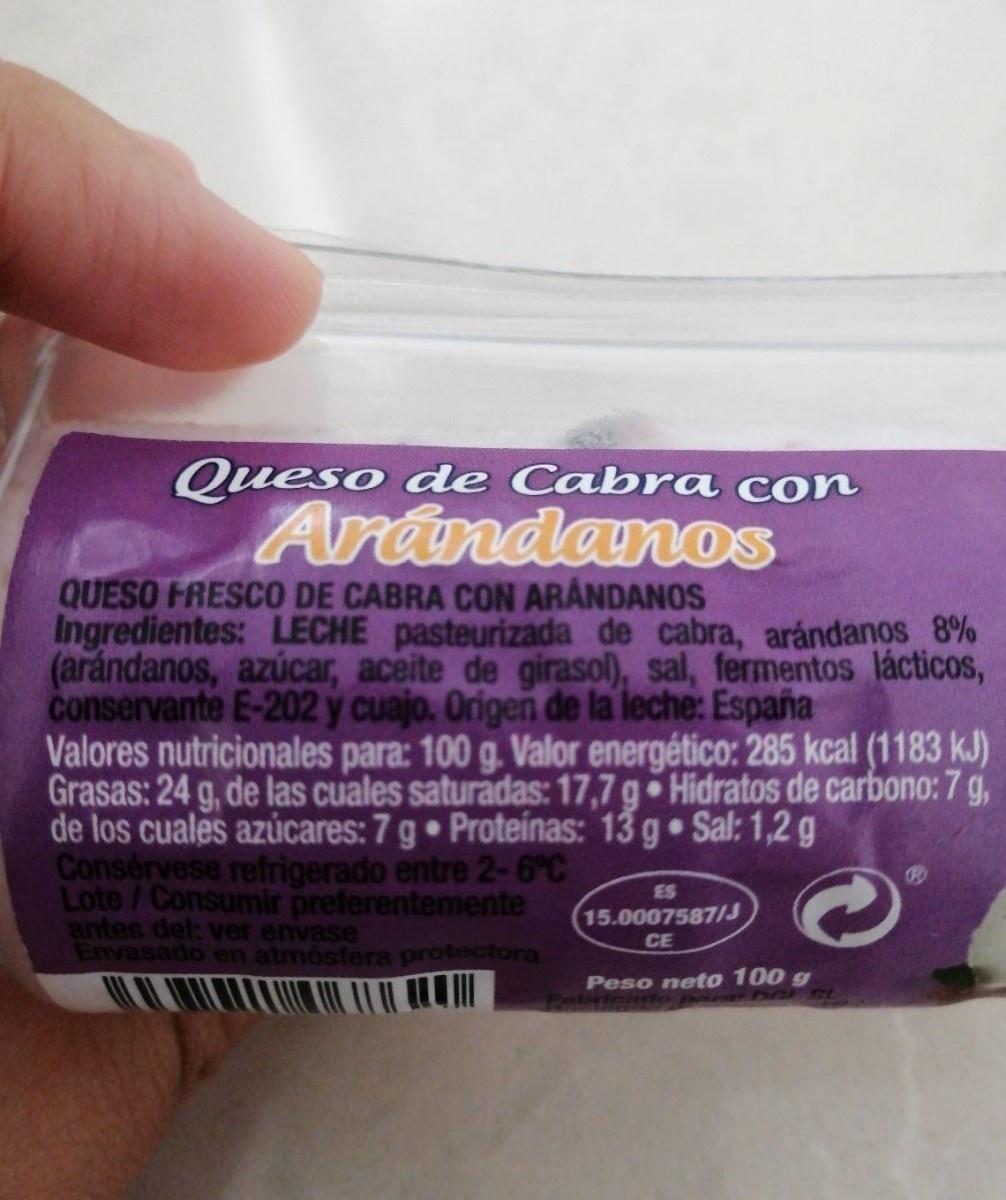
Queso de Cabra con
Arándanos
QUESO FRESCO DE CABRA CON ARÁNDANOS Ingredientes: LECHE pasteurizada de cabra, arándanos 8% (arándanos, azúcar, aceite de girasol), sal, fermentos lácticos, conservante E-202 y cuajo. Origen de la leche: España
Valores nutricionales para: 100 g. Valor energético: 285 kcal (1183 kJ) Grasas: 24 g, de las cuales saturadas: 17,7 g Hidratos de carbono: 7 g, de los cuales azúcares: 7 g Proteinas: 13 g Sal: 1,2 g Consérvese refrigerado entre 2-6°C Lote/Consumir preferentemente antes del: ver envase Envasado en atmósfera protectora
ES
15.0007587/J
CE
Peso neto 100 g